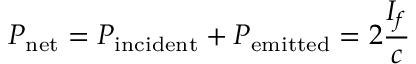
P _ { \mathrm { n e t } } = P _ { \mathrm { i n c i d e n t } } + P _ { \mathrm { e m i t t e d } } = 2 { \frac { I _ { f } } { c } }